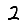
Digit: 2